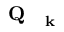
\mathrm { ~ \bf ~ Q ~ } _ { \mathrm { ~ \bf ~ k ~ } }